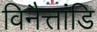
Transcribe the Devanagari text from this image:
विनैत्तांडि